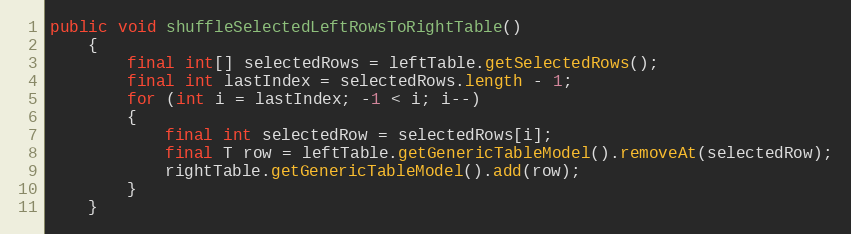
Language: Java
public void shuffleSelectedLeftRowsToRightTable()
	{
		final int[] selectedRows = leftTable.getSelectedRows();
		final int lastIndex = selectedRows.length - 1;
		for (int i = lastIndex; -1 < i; i--)
		{
			final int selectedRow = selectedRows[i];
			final T row = leftTable.getGenericTableModel().removeAt(selectedRow);
			rightTable.getGenericTableModel().add(row);
		}
	}